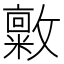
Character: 𪯜